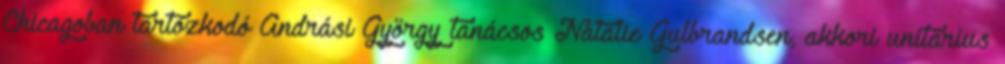
Chicagoban tartózkodó Andrási György tanácsos Natalie Gulbrandsen, akkori unitárius